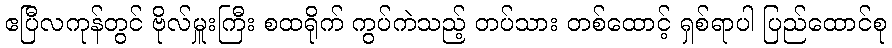
ဧပြီလကုန်တွင် ဗိုလ်မှူးကြီး စထရိုက် ကွပ်ကဲသည့် တပ်သား တစ်ထောင့် ရှစ်ရာပါ ပြည်ထောင်စု